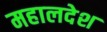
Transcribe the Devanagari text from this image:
महालदेश